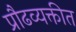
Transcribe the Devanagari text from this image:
प्रौढव्यक्तीत